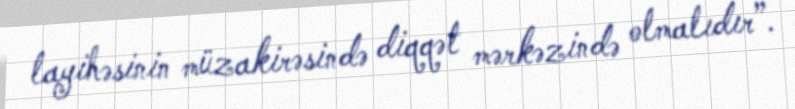
layihəsinin müzakirəsində diqqət mərkəzində olmalıdır”.